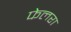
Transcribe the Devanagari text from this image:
फेलरा